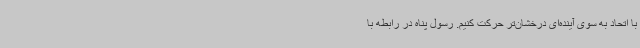
با اتحاد به سوی آینده‌ای درخشان‌تر حرکت کنیم. رسول پناه در رابطه با